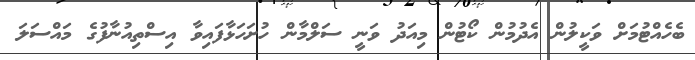
ބެހެއްޓުމަށް ވަކީލުން އެދުމުން ކޯޓުން މިއަދު ވަނީ ސަލްމާން ހުށަހަޅާފައިވާ އިސްތިއުނާފުގެ މައްސަލަ